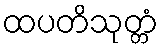
ထပတိသုတ္တံ